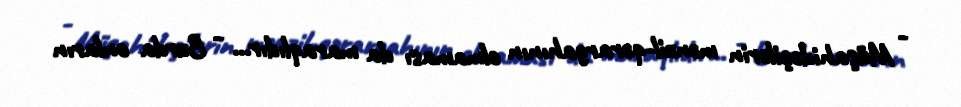
- Müşahidəçilərin mənzil-qərargahının olmaması da maraqlıdır... - Burda onların